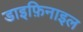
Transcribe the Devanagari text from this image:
डाइफ़िनाइल